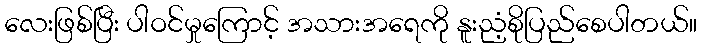
လေးဖြစ်ပြီး ပါဝင်မှုကြောင့် အသားအရေကို နူးညံ့စိုပြည်စေပါတယ်။